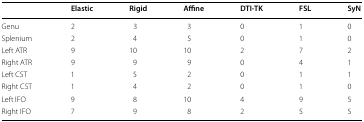
|  | Elastic | Rigid | Affine | DTI-TK | FSL | SyN |
 | --- | --- | --- | --- | --- | --- | --- |
 | Genu | 2 | 3 | 3 | 0 | 1 | 0 |
 | Splenium | 2 | 4 | 5 | 0 | 1 | 0 |
 | Left ATR | 9 | 10 | 10 | 2 | 7 | 2 |
 | Right ATR | 9 | 9 | 9 | 0 | 4 | 1 |
 | Left CST | 1 | 5 | 2 | 0 | 1 | 1 |
 | Right CST | 1 | 4 | 2 | 0 | 1 | 0 |
 | Left IFO | 9 | 8 | 10 | 4 | 9 | 5 |
 | Right IFO | 7 | 9 | 8 | 2 | 5 | 5 |